Lunatic asylums in Bengal annual reports 1888-1898 - 1888-1898
Year: 1888
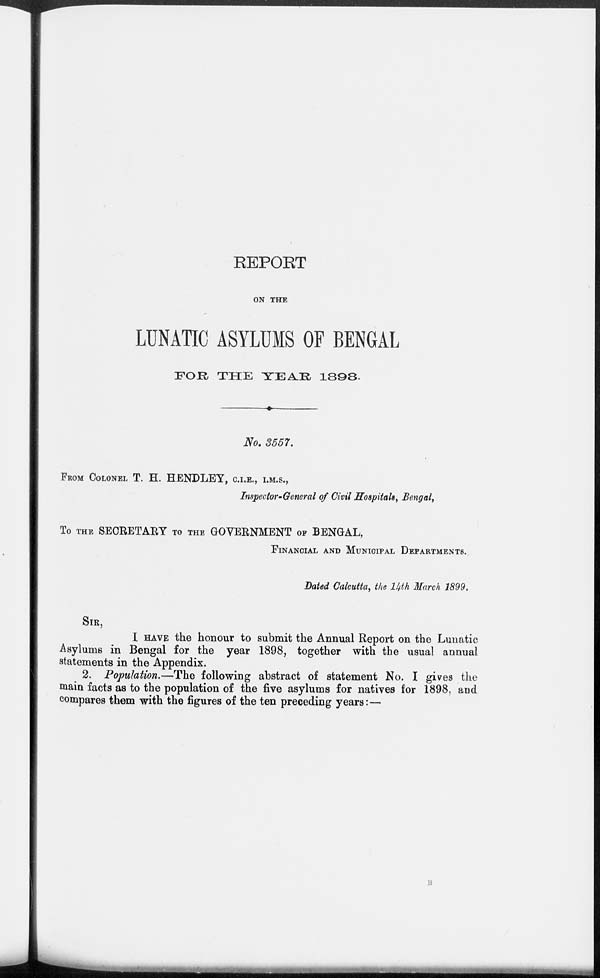
REPORT
ON THE
LUNATIC ASYLUMS OF BENGAL
FOR THE
YEAR
1898.
No. 3557.
FROM COLONEL T. H. HENDLEY, C.I.E., I.M.S.,
Inspector-General of Civil Hospitals, Bengal,
To THE SECRETARY TO THE GOVERNMENT OF BENGAL,
FINANCIAL AND MUNICIPAL DEPARTMENTS.
Dated Calcutta, the 14th March 1899.
SIR,
I HAVE the honour to submit the Annual Report on the Lunatic
Asylums in Bengal for the year 1898, together with the usual annual
statements in the Appendix.
2. Population.—The following abstract of statement No. I gives the
main facts as to the population of the five asylums for natives for 1898, and
compares them with the figures of the ten preceding years:—